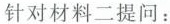
附近海域发生里氏7.3级强烈地震，造成人员伤亡和